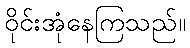
ဝိုင်းအုံနေကြသည်။